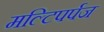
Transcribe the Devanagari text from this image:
मल्टिपर्पज